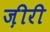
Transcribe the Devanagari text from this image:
ज़ीरी